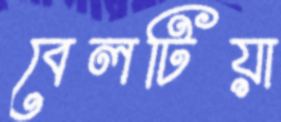
বেলটিয়া